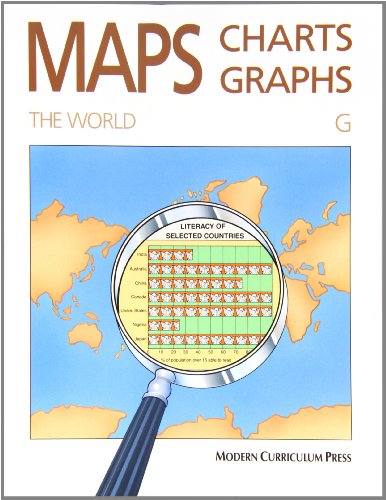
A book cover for MAPS, CHARTS AND GRAPHS, LEVEL G, THE WORLD; MODERN CURRICULUM PRESS; Teen & Young Adult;